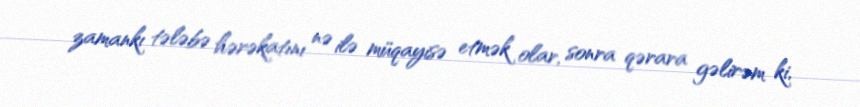
zamankı tələbə hərəkatını nə ilə müqayisə etmək olar, sonra qərara gəlirəm ki,